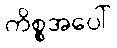
ကိစ္စအပေါ်